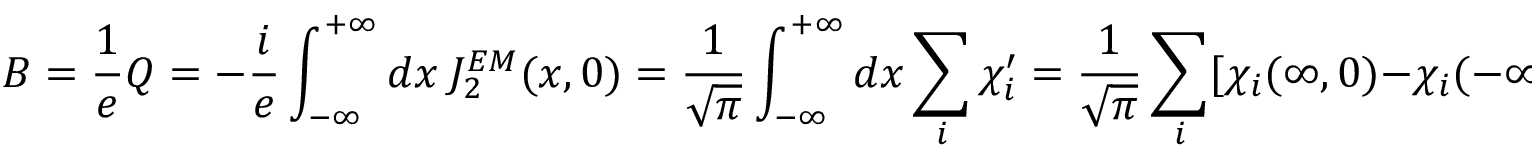
B = \frac { 1 } { e } Q = - \frac { i } { e } \int _ { - \infty } ^ { + \infty } d x ~ J _ { 2 } ^ { E M } ( x , 0 ) = \frac { 1 } { \sqrt { \pi } } \int _ { - \infty } ^ { + \infty } d x \sum _ { i } \chi _ { i } ^ { \prime } = \frac { 1 } { \sqrt { \pi } } \sum _ { i } [ \chi _ { i } ( \infty , 0 ) - \chi _ { i } ( - \infty , 0 ) ] .